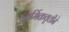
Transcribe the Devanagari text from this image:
धार्मिकवृत्तीने